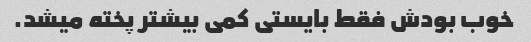
خوب بودش فقط بایستی کمی بیشتر پخته میشد.